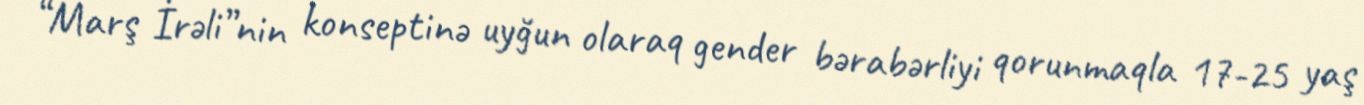
“Marş İrəli”nin konseptinə uyğun olaraq gender bərabərliyi qorunmaqla 17-25 yaş